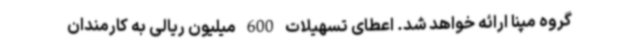
گروه مپنا ارائه خواهد شد. اعطای تسهیلات 600 میلیون ریالی به کارمندان